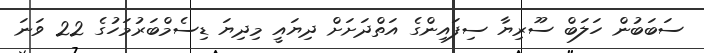
ސަބަބުން ހަލަބް ސޫރިޔާ ސިފައިންގެ އަތްދަށަށް ދިޔައީ މިދިޔަ ޑިސެމްބަރުމަހުގެ 22 ވަނަ